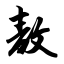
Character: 敖